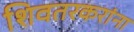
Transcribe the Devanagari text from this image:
शिवतरकरांना